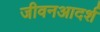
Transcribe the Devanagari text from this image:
जीवनआदर्श